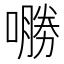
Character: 𱔟